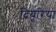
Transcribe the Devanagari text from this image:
दियूरिया